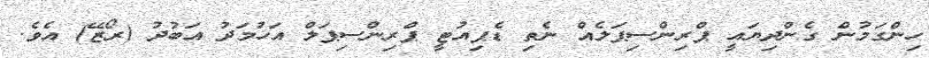
ހިންގަމުން ގެންދިޔައީ ޕްރިންސިޕަލެއް ނެތި ޑެޕިއުޓީ ޕްރިންސިޕަލް އަހުމަދު އަބުދު (ރޯޒޭ) އެވެ.